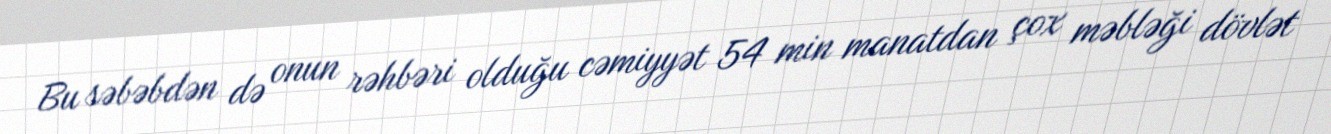
Bu səbəbdən də onun rəhbəri olduğu cəmiyyət 54 min manatdan çox məbləği dövlət